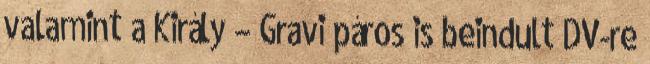
valamint a Király – Gravi páros is beindult DV-re